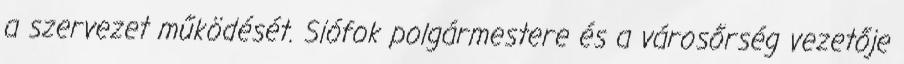
a szervezet működését. Siófok polgármestere és a városőrség vezetője